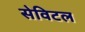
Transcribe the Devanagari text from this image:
सेविटल